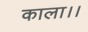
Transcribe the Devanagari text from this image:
काला।।